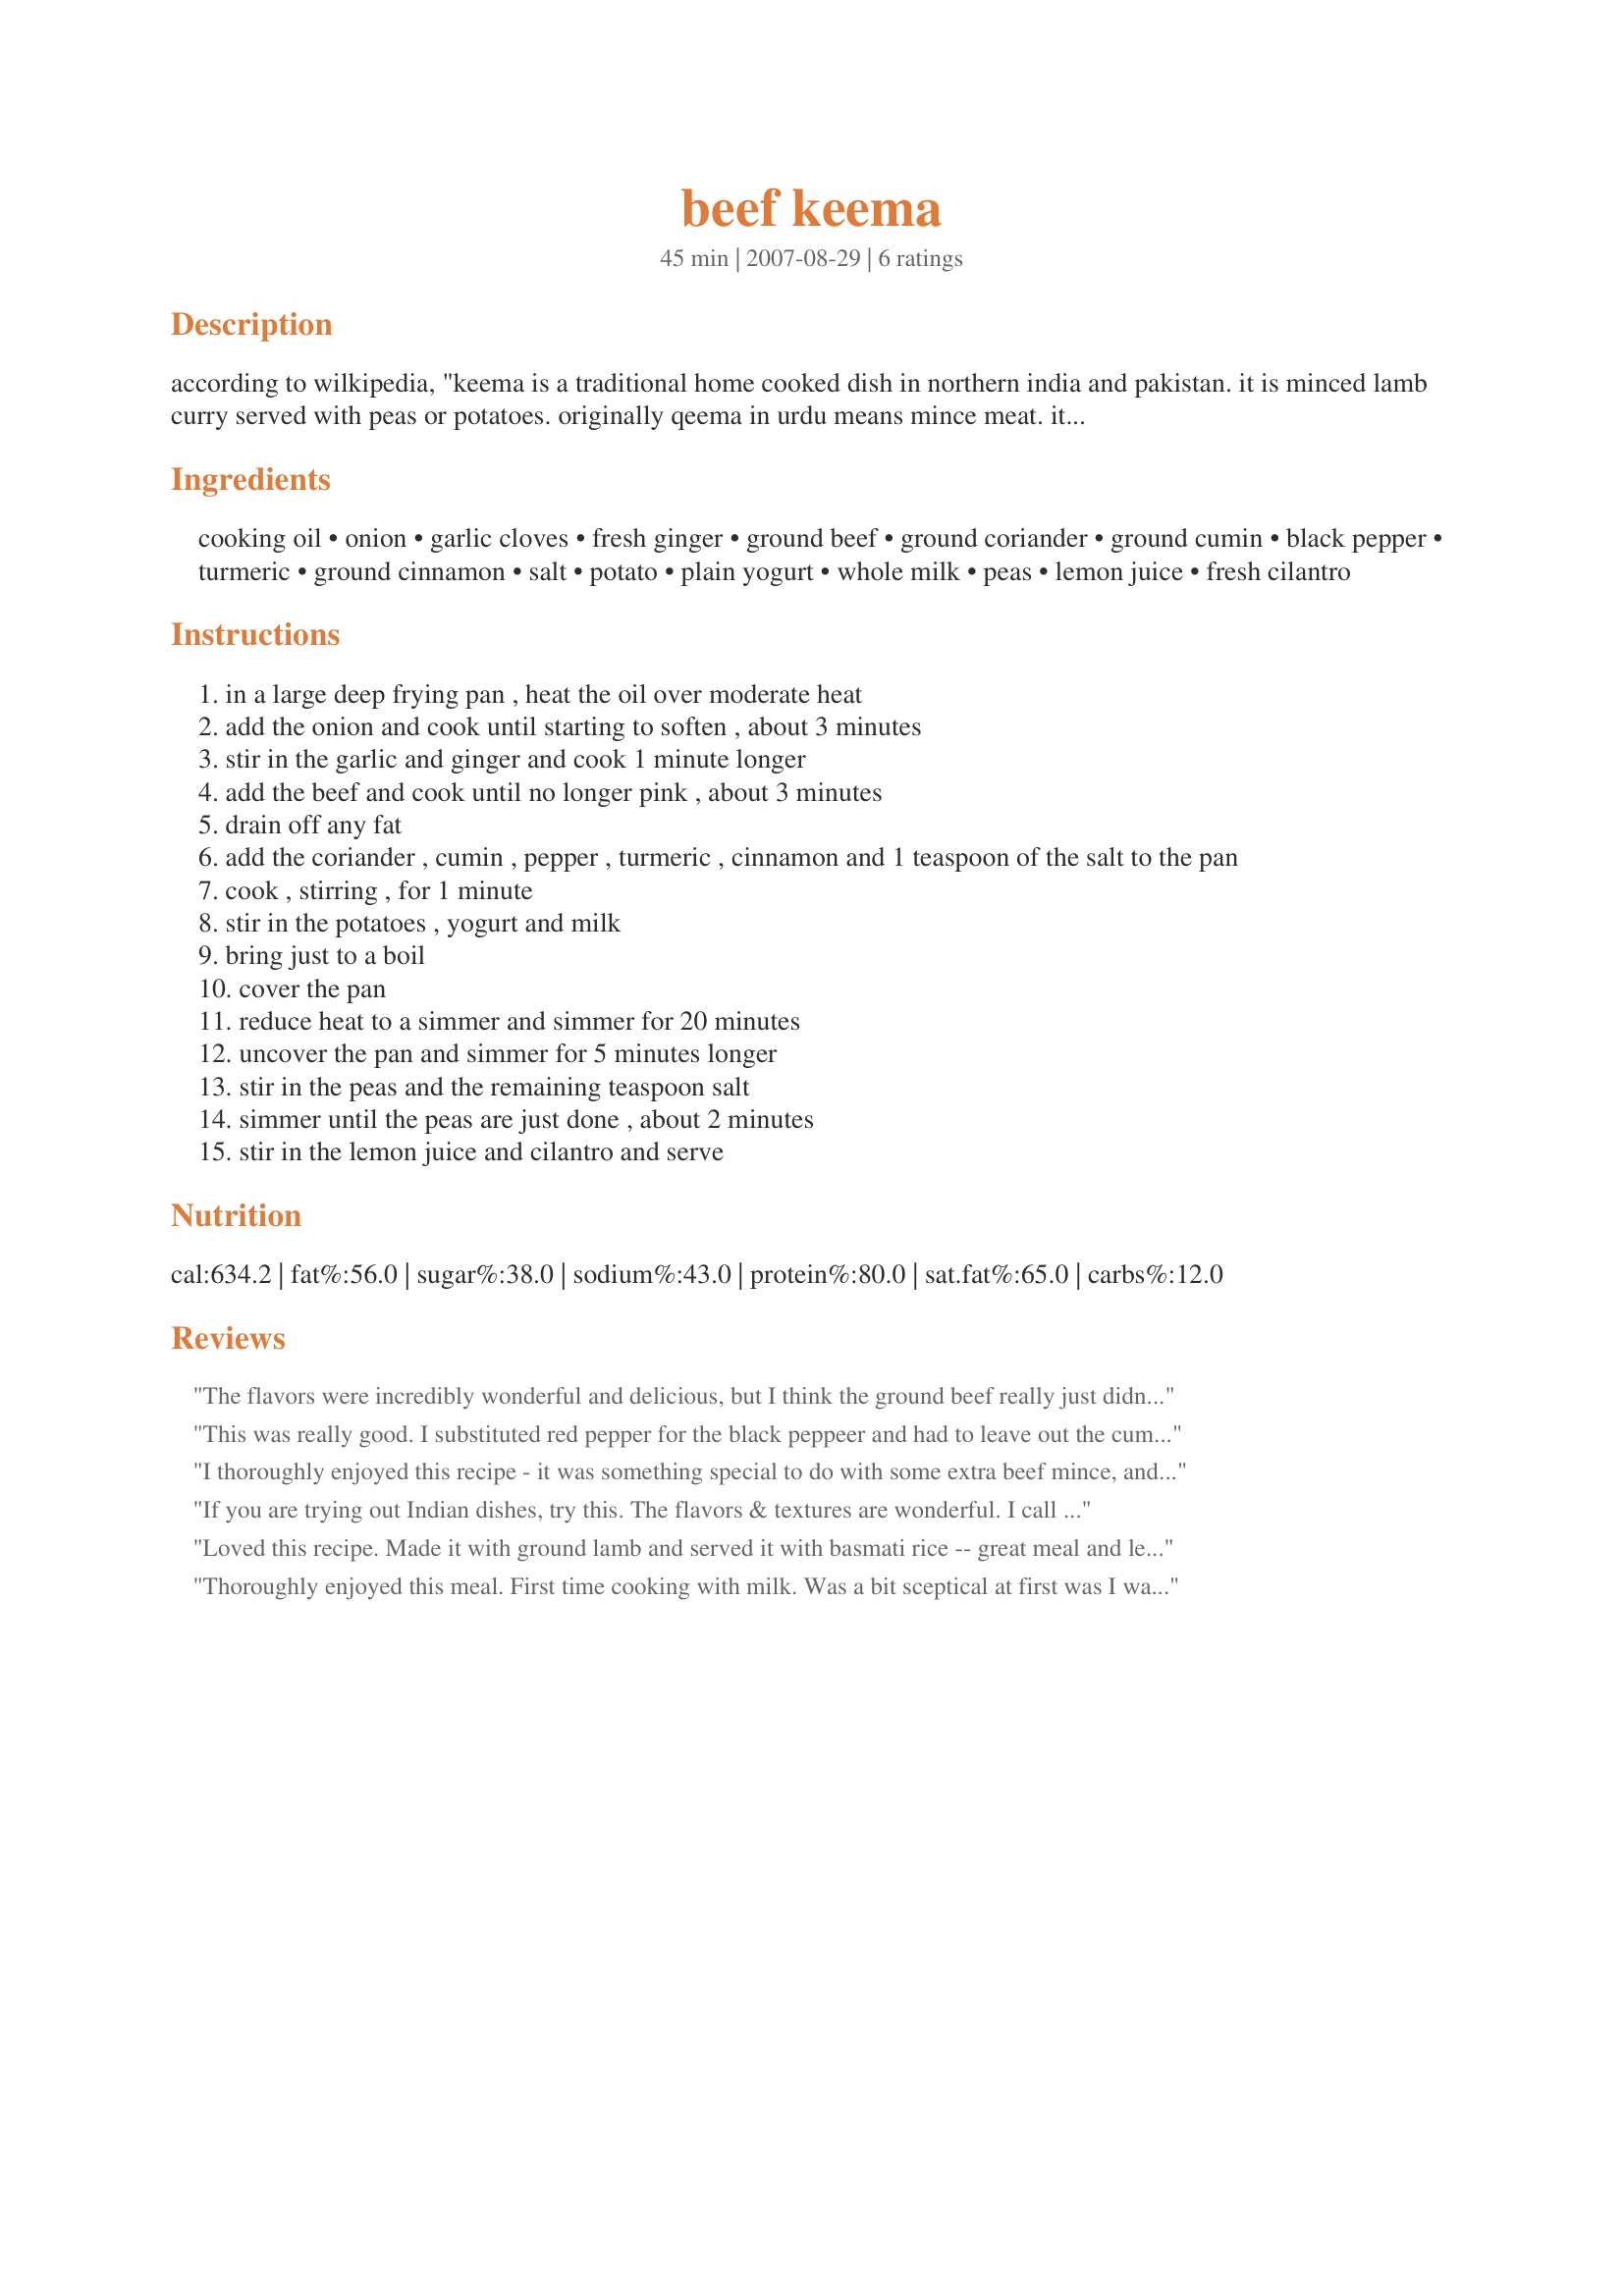
beef keema
Preparation time: 45 minutes

according to wilkipedia, "keema is a traditional home cooked dish in northern india and pakistan. it is minced lamb curry served with peas or potatoes. originally qeema in urdu means mince meat. it may be mutton, lamb, beef or chicken. thus qeema of any meat can either be cooked in stew form, made into kababs, fried or barbecued." this is from one of my food & wine cookbooks. this dish is often made with lamb and served with naan or pitas. they say to serve it with a fruity beaujolais.

Ingredients:
cooking oil, onion, garlic cloves, fresh ginger, ground beef, ground coriander, ground cumin, black pepper, turmeric, ground cinnamon, salt, potato, plain yogurt, whole milk, peas, lemon juice, fresh cilantro

Steps:
in a large deep frying pan , heat the oil over moderate heat
add the onion and cook until starting to soften , about 3 minutes
stir in the garlic and ginger and cook 1 minute longer
add the beef and cook until no longer pink , about 3 minutes
drain off any fat
add the coriander , cumin , pepper , turmeric , cinnamon and 1 teaspoon of the salt to the pan
cook , stirring , for 1 minute
stir in the potatoes , yogurt and milk
bring just to a boil
cover the pan
reduce heat to a simmer and simmer for 20 minutes
uncover the pan and simmer for 5 minutes longer
stir in the peas and the remaining teaspoon salt
simmer until the peas are just done , about 2 minutes
stir in the lemon juice and cilantro and serve

Reviews:
The flavors were incredibly wonderful and delicious, but I think the ground beef really just didn't do it for me. I will adapt this blend of spices to something else, though, for certain, and I do love that you shared this!
This was really good. I substituted red pepper for the black peppeer and had to leave out the cumin since I was out of it.
I thoroughly enjoyed this recipe - it was something special to do with some extra beef mince, and enjoyed by the whole family. I'll also try it with different base meats, but I thought the ground beef was fine!
If you are trying out Indian dishes, try this. The flavors & textures are wonderful. I call this "comfort food."
Loved this recipe. Made it with ground lamb and served it with basmati rice -- great meal and leftovers were yummy too. Thanks for a keeper!
Thoroughly enjoyed this meal. First time cooking with milk. Was a bit sceptical at first was I was pleasantly surprised by the outcome. Only used one large potato cut in 16pcs and used 1 teaspoon of chilli powder to take the heat factor up a notch. Definately will be cooking this one again soon. Thanks for sharing Dicentra!
